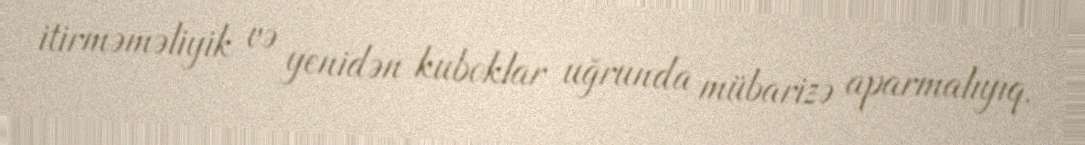
itirməməliyik və yenidən kuboklar uğrunda mübarizə aparmalıyıq.